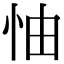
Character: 怞